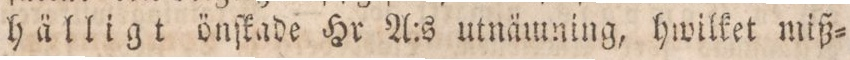
hälligt önſkade Hr A:s utnämning, hwilket miß=